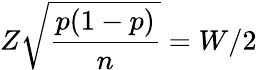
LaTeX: Z{\sqrt{\frac{p(1-p)}{n}}}=W/2